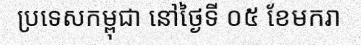
ប្រទេសកម្ពុជា នៅថ្ងៃទី ០៥ ខែមករា